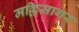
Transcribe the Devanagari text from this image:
मल्लिसागर